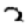
Digit: 2